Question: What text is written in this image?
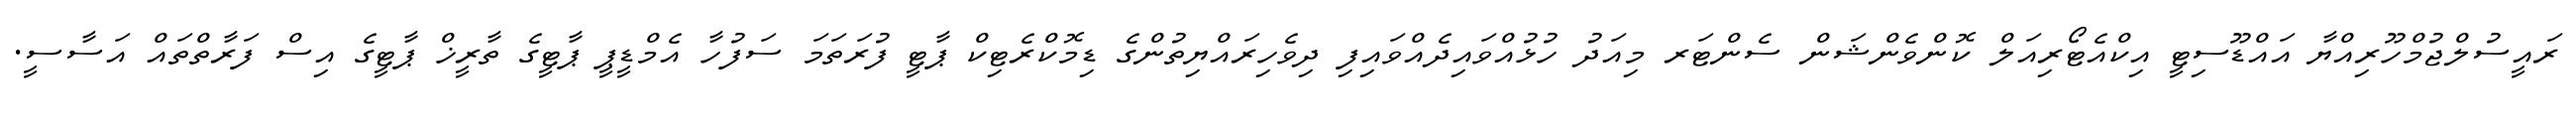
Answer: ރައީސުލްޖުމްހޫރިއްޔާ އައްޑޫސިޓީ އިކްއެޓޯރިއަލް ކޮންވެންޝަން ސެންޓަރ މިއަދު ހުޅުއްވައިދެއްވައިފި ދިވެހިރައްޔިތުންގެ ޑިމޮކްރެޓިކް ޕާޓީ ފުރަތަމަ ސަފުހާ އެމްޑީޕީ ޕާޓީގެ ތާރީޚް ޕާޓީގެ އިސް ފަރާތްތައް އަސާސީ.